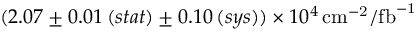
( 2 . 0 7 \pm 0 . 0 1 \, ( s t a t ) \pm 0 . 1 0 \, ( s y s ) ) \times 1 0 ^ { 4 } \, \mathrm { { c m } ^ { - 2 } / \mathrm { { f b } ^ { - 1 } } }